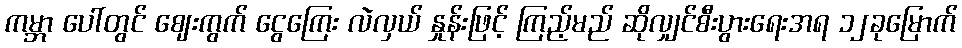
ကမ္ဘာ ပေါ်တွင် ဈေးကွက် ငွေကြေး လဲလှယ် နှုန်းဖြင့် ကြည့်မည် ဆိုလျှင်စီးပွားရေးအရ ၁၂ခုမြောက်